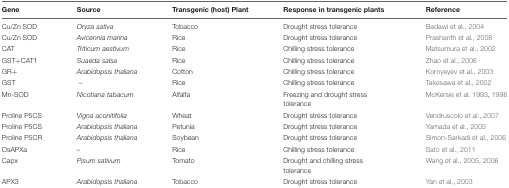
| Gene | Source | Transgenic (host) Plant | Response in transgenic plants | Reference |
 | --- | --- | --- | --- | --- |
 | Cu/Zn SOD | Oryza sativa | Tobacco | Drought stress tolerance | Badawi et al., 2004 |
 | Cu/Zn SOD | Avicennia marina | Rice | Drought stress tolerance | Prashanth et al., 2008 |
 | CAT | Triticum aestivum | Rice | Chilling stress tolerance | Matsumura et al., 2002 |
 | GST+CAT1 | Suaeda salsa | Rice | Chilling stress tolerance | Zhao et al., 2006 |
 | GR+ | Arabidopsis thaliana | Cotton | Chilling stress tolerance | Kornyeyev et al., 2003 |
 | GST | – | Rice | Chilling stress tolerance | Takesawa et al., 2002 |
 | Mn-SOD | Nicotiana tabacum | Alfalfa | Freezing and drought stress tolerance | McKersie et al. 1993, 1996 |
 | Proline P5CS | Vigna aconitifolia | Wheat | Drought stress tolerance | Vendruscolo et al., 2007 |
 | Proline P5CS | Arabidopsis thaliana | Petunia | Drought stress tolerance | Yamada et al., 2005 |
 | Proline P5CR | Arabidopsis thaliana | Soybean | Drought stress tolerance | Simon-Sarkadi et al., 2006 |
 | OsAPXa | – | Rice | Chilling stress tolerance | Sato et al., 2011 |
 | Capx | Pisum sativum | Tomato | Drought and chilling stress tolerance | Wang et al., 2005, 2006 |
 | APX3 | Arabidopsis thaliana | Tobacco | Drought stress tolerance | Yan et al., 2003 |